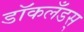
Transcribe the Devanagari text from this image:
डॉकलँडस्